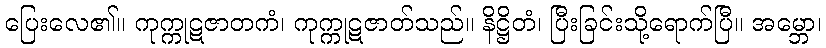
ပြေးလေ၏။ ကုက္ကုဋဇာတကံ၊ ကုက္ကုဋဇာတ်သည်။ နိဋ္ဌိတံ၊ ပြီးခြင်းသို့ရောက်ပြီ။ အမ္ဘော၊